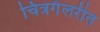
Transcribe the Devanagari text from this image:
चित्रगॅलरीत